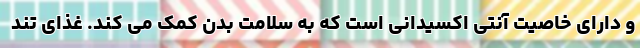
و دارای خاصیت آنتی اکسیدانی است که به سلامت بدن کمک می کند. غذای تند